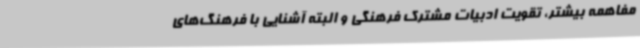
مفاهمه بیشتر، تقویت ادبیات مشترک فرهنگی و البته آشنایی با فرهنگ‌های